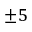
\pm 5